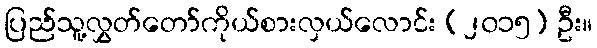
ပြည်သူ့လွှတ်တော်ကိုယ်စားလှယ်လောင်း (၂၀၁၅) ဦး။